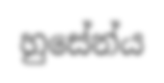
හුසේන්ය